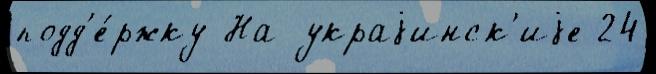
подд'е́ржку На украjинск'иjе 24